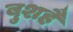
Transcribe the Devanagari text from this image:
बुशहै